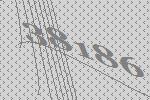
38186